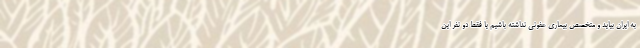
به ایران بیاید و متخصص بیماری عفونی نداشته باشیم یا فقط دو نفر این